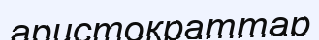
аристократтар